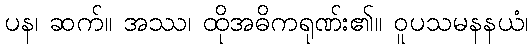
ပန၊ ဆက်။ အဿ၊ ထိုအဓိကရုဏ်း၏။ ဝူပသမနနယံ၊